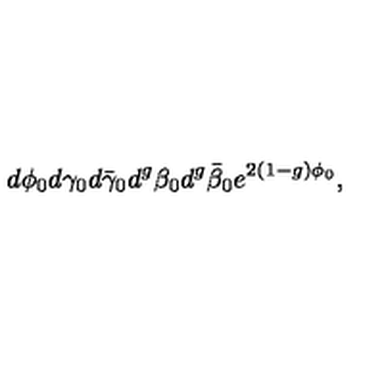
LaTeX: d \phi _ { 0 } d \gamma _ { 0 } d \bar { \gamma } _ { 0 } d ^ { g } \beta _ { 0 } d ^ { g } \bar { \beta } _ { 0 } e ^ { 2 ( 1 - g ) \phi _ { 0 } } ,